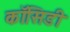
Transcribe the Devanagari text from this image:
कॉसिडी